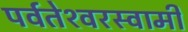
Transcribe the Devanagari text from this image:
पर्वतेश्‍वरस्वामी